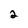
Character: 2